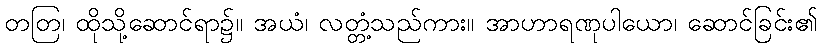
တတြ၊ ထိုသို့ဆောင်ရာ၌။ အယံ၊ လတ္တံ့သည်ကား။ အာဟာရဏုပါယော၊ ဆောင်ခြင်း၏